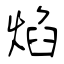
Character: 焰